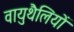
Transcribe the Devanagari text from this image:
वायुथैलियों